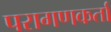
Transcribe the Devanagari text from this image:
परागणकर्ता